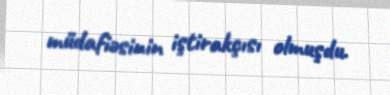
müdafiəsinin iştirakçısı olmuşdu.